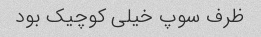
ظرف سوپ خیلی کوچیک بود